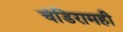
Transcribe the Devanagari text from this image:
चंडिरामही